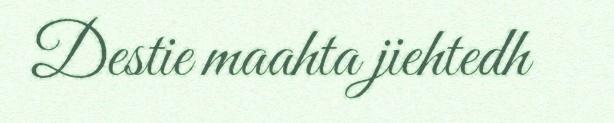
Destie maahta jiehtedh